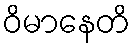
ဝိမာနေတိ